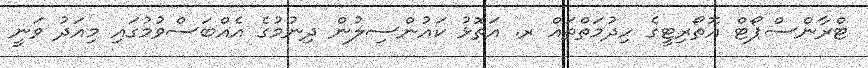
ޓްރާންސްޕޯޓް އޮތޯރިޓީގެ ހިދުމަތްތައް ރ. އަތޮޅު ކައުންސިލުން ދިނުމުގެ އެއްބަސްވުމުގައި މިއަދު ވަނީ